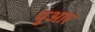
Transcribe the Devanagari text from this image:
पुआर